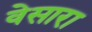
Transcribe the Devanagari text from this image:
वेसारा